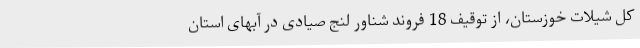
کل شیلات خوزستان، از توقیف 18 فروند شناور لنج صیادی در آبهای استان